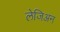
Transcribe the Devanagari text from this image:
लेजिअन